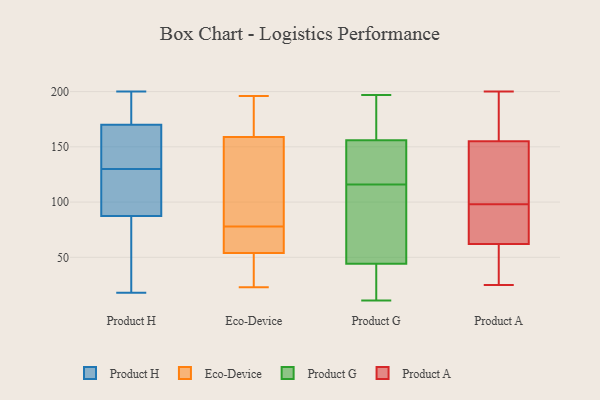
{"axis": {"x": "Revenue (USD Million)", "y": "Value"}, "legend": ["Eco-Device", "Product A", "Product G", "Product H"], "data": [{"x": "", "y": 46, "type": "Product H"}, {"x": "", "y": 167, "type": "Product H"}, {"x": "", "y": 130, "type": "Product H"}, {"x": "", "y": 137, "type": "Product H"}, {"x": "", "y": 89, "type": "Product H"}, {"x": "", "y": 89, "type": "Product H"}, {"x": "", "y": 18, "type": "Product H"}, {"x": "", "y": 84, "type": "Product H"}, {"x": "", "y": 171, "type": "Product H"}, {"x": "", "y": 87, "type": "Product H"}, {"x": "", "y": 140, "type": "Product H"}, {"x": "", "y": 200, "type": "Product H"}, {"x": "", "y": 194, "type": "Product H"}, {"x": "", "y": 112, "type": "Product H"}, {"x": "", "y": 195, "type": "Product H"}, {"x": "", "y": 196, "type": "Eco-Device"}, {"x": "", "y": 159, "type": "Eco-Device"}, {"x": "", "y": 30, "type": "Eco-Device"}, {"x": "", "y": 23, "type": "Eco-Device"}, {"x": "", "y": 67, "type": "Eco-Device"}, {"x": "", "y": 35, "type": "Eco-Device"}, {"x": "", "y": 164, "type": "Eco-Device"}, {"x": "", "y": 145, "type": "Eco-Device"}, {"x": "", "y": 49, "type": "Eco-Device"}, {"x": "", "y": 124, "type": "Eco-Device"}, {"x": "", "y": 99, "type": "Eco-Device"}, {"x": "", "y": 159, "type": "Eco-Device"}, {"x": "", "y": 71, "type": "Eco-Device"}, {"x": "", "y": 54, "type": "Eco-Device"}, {"x": "", "y": 195, "type": "Eco-Device"}, {"x": "", "y": 71, "type": "Eco-Device"}, {"x": "", "y": 71, "type": "Eco-Device"}, {"x": "", "y": 85, "type": "Eco-Device"}, {"x": "", "y": 67, "type": "Product G"}, {"x": "", "y": 197, "type": "Product G"}, {"x": "", "y": 177, "type": "Product G"}, {"x": "", "y": 11, "type": "Product G"}, {"x": "", "y": 20, "type": "Product G"}, {"x": "", "y": 60, "type": "Product G"}, {"x": "", "y": 23, "type": "Product G"}, {"x": "", "y": 147, "type": "Product G"}, {"x": "", "y": 187, "type": "Product G"}, {"x": "", "y": 116, "type": "Product G"}, {"x": "", "y": 80, "type": "Product G"}, {"x": "", "y": 138, "type": "Product G"}, {"x": "", "y": 39, "type": "Product G"}, {"x": "", "y": 124, "type": "Product G"}, {"x": "", "y": 132, "type": "Product G"}, {"x": "", "y": 114, "type": "Product G"}, {"x": "", "y": 193, "type": "Product G"}, {"x": "", "y": 37, "type": "Product G"}, {"x": "", "y": 159, "type": "Product G"}, {"x": "", "y": 98, "type": "Product A"}, {"x": "", "y": 70, "type": "Product A"}, {"x": "", "y": 200, "type": "Product A"}, {"x": "", "y": 173, "type": "Product A"}, {"x": "", "y": 117, "type": "Product A"}, {"x": "", "y": 25, "type": "Product A"}, {"x": "", "y": 78, "type": "Product A"}, {"x": "", "y": 161, "type": "Product A"}, {"x": "", "y": 77, "type": "Product A"}, {"x": "", "y": 153, "type": "Product A"}, {"x": "", "y": 120, "type": "Product A"}, {"x": "", "y": 32, "type": "Product A"}, {"x": "", "y": 38, "type": "Product A"}]}